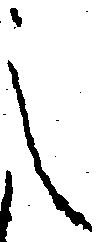
之